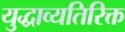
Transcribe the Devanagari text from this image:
युद्धाव्यतिरिक्त